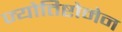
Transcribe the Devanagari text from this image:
ज्योतिष्टोमेन